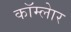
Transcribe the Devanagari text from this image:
कॉम्लेार